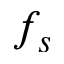
f _ { s }